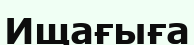
Ищағыға